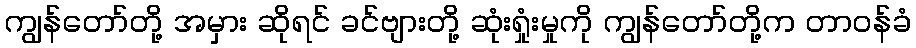
ကျွန်တော်တို့ အမှား ဆိုရင် ခင်ဗျားတို့ ဆုံးရှုံးမှုကို ကျွန်တော်တို့က တာဝန်ခံ